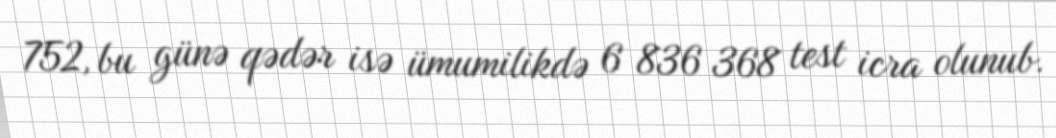
752, bu günə qədər isə ümumilikdə 6 836 368 test icra olunub.